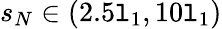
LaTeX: s_{N}\in(2.5\mathtt{l}_{1},10\mathtt{l}_{1})